Scottish Leaving Certificate Examination, 1961
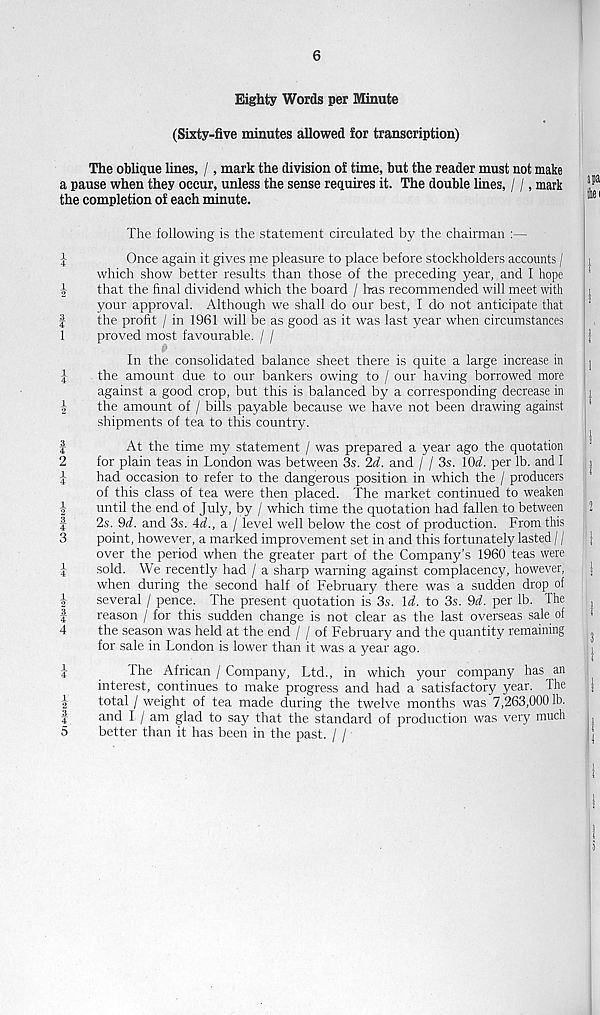
-Mm
4xM|ccm|m Mm CO^M^tolM m|m tOMw
iom m|m
v—‘Mlw
6
Eighty Words per Minute
(Sixty-five minutes allowed for transcription)
The oblique lines, /, mark the division of time, but the reader must not make
a pause when they occur, unless the sense requires it. The double lines, / /, mark
the completion of each minute.
The following is the statement circulated by the chairman :—
Once again it gives me pleasure to place before stockholders accounts /
which show better results than those of the preceding year, and I hope
that the final dividend which the board / Iras recommended will meet with
your approval. Although we shall do our best, I do not anticipate that
the profit / in 1961 will be as good as it was last year when circumstances
proved most favourable. / /
Q
In the consolidated balance sheet there is quite a large increase in
the amount due to our bankers owing to / our having borrowed more
against a good crop, but this is balanced by a corresponding decrease in
the amount of / bills payable because we have not been drawing against
shipments of tea to this country.
At the time my statement / was prepared a year ago the quotation
for plain teas in London was between 3s. 2d. and / / 3s. 1CW. per lb. and I
had occasion to refer to the dangerous position in which the / producers
of this class of tea were then placed. The market continued to weaken
until the end of July, by / which time the quotation had fallen to between
2s. 9d. and 3s. 4d., a / level well below the cost of production. From this
point, however, a marked improvement set in and this fortunately lasted / /
over the period when the greater part of the Company’s 1960 teas were
sold. We recently had / a sharp warning against complacency, however,
when during the second half of February there was a sudden drop of
several / pence. The present quotation is 3s. Id. to 3s. 9d. per lb. The
reason / for this sudden change is not clear as the last overseas sale of
the season was held at the end / / of February and the quantity remaining
for sale in London is lower than it was a year ago.
The African / Company, Ltd., in which your company has an
interest, continues to make progress and had a satisfactory year. The
total / weight of tea made during the twelve months was 7,263,000 lb.
and I / am glad to say that the standard of production was very much
better than it has been in the past. / /